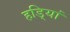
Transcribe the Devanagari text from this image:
हडि्यां